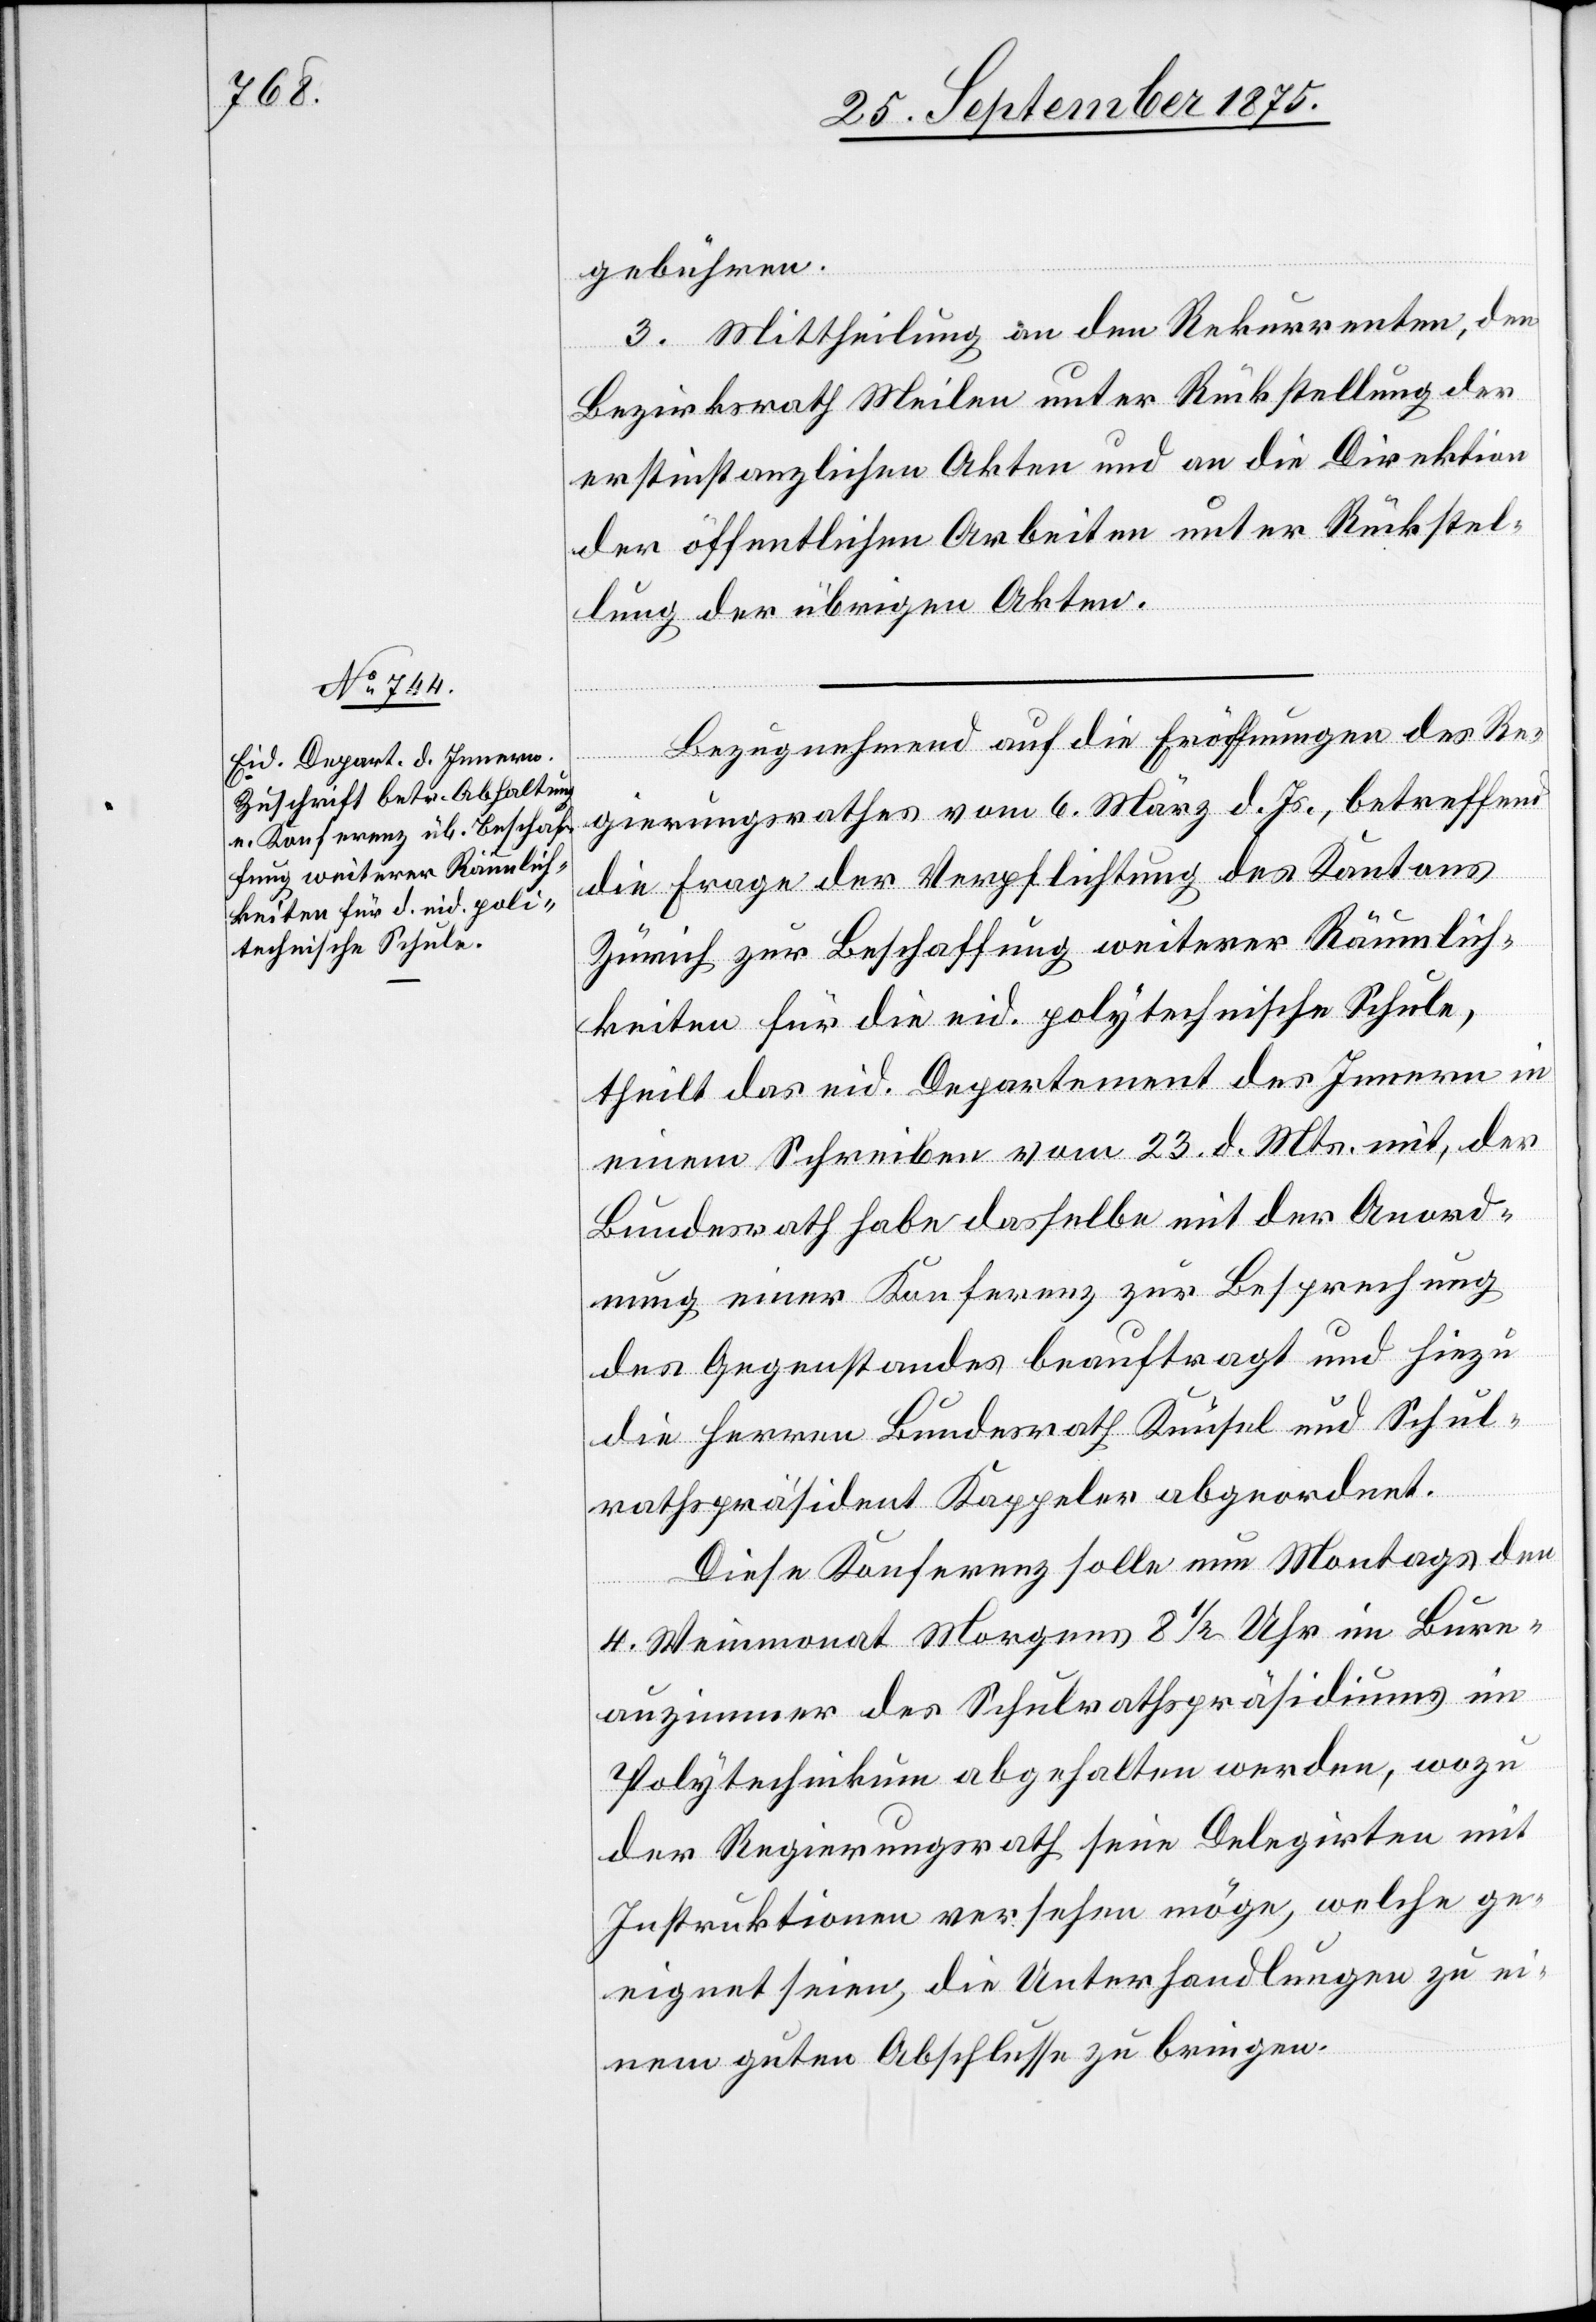
gebühren.
3. Mittheilung an den Rekurrenten, den
Bezirksrath Meilen unter Rückstellung der
erstinstanzlichen Akten und an die Direktion
der öffentlichen Arbeiten unter Rückstel¬
lung der übrigen Akten.
Bezugnehmend auf die Eröffnungen des Re¬
gierungsrathes vom 6. März d. Js., betreffend
die Frage der Verpflichtung des Kantons
Zürich zur Beschaffung weiterer Räumlich¬
keiten für die eid. polytechnische Schule,
theilt das eid. Departement des Innern in
einem Schreiben vom 23. d. Mts. mit, der
Bundesrath habe dasselbe mit der Anord¬
nung einer Konferenz zur Besprechung
des Gegenstandes beauftragt und hiezu
die Herren Bundesrath Knüsel und Schul¬
rathspräsident Kappeler abgeordnet.
Diese Konferenz solle nun Montags den
4. Weinmonat Morgens 8 1/2 Uhr im Bure¬
auzimmer des Schulrathspräsidiums im
Polytechnikum abgehalten werden, wozu
der Regierungsrath seine Delegirten mit
Instruktionen versehen möge, welche ge¬
eignet seien, die Unterhandlungen zu ei¬
nem guten Abschlusse zu bringen.